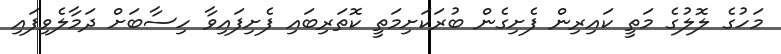
މަހުގެ ލޮލުގެ މަތީ ކައިރިން ފެށިގެން ބުރަކަށިމަތީ ކޮތަރިބައި ފެށިފައިވާ ހިސާބަށް ދަމާލެވިފައި